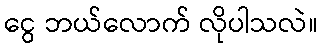
ငွေ ဘယ်လောက် လိုပါသလဲ။